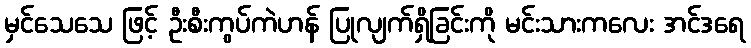
မှင်သေသေ ဖြင့် ဦးစီးကွပ်ကဲဟန် ပြုလျက်ရှိခြင်းကို မင်းသားကလေး အင်ဒရေ